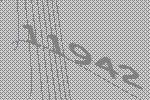
11942